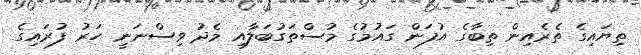
ތިޔައިގެ ތެރެއިން ތިބާގެ އުފަން ގައުމުގެ މުސްތަގުބަލާއި މެދު ވިސްނަނީ ހަރު ފުރައިގެ